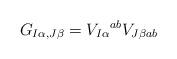
LaTeX: \begin{align*}G_{I\alpha,J\beta}= V_{I\alpha}{}^{ab} V_{J\beta ab}\end{align*}